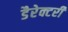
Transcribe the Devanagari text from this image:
डैरेक्टरी